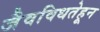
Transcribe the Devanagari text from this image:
जैवविधतेहून